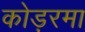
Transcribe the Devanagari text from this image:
कोड़रमा